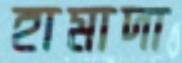
হামাদা